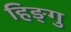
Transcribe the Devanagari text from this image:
हिङ्गु